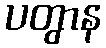
ပတွာန